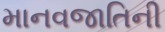
માનવજાતિની